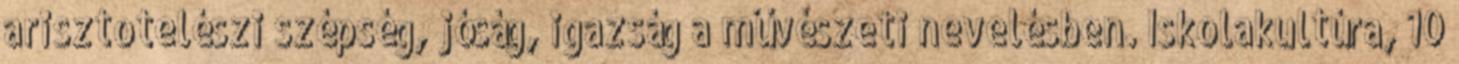
arisztotelészi szépség, jóság, igazság a művészeti nevelésben. Iskolakultúra, 10